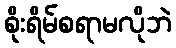
စိုးရိမ်စရာမလိုဘဲ